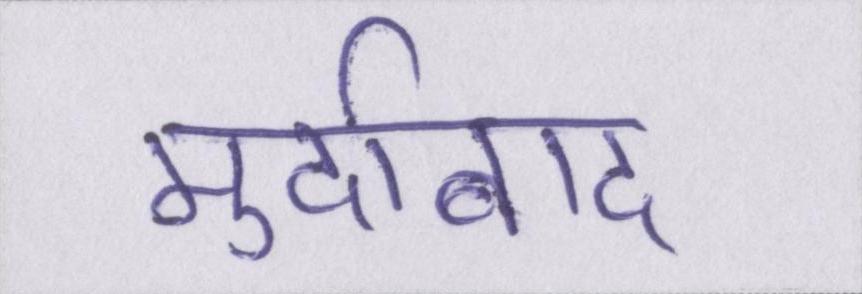
मुर्दाबाद